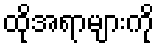
ထိုအရာများကို